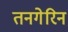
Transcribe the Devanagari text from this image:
तनगेरिन